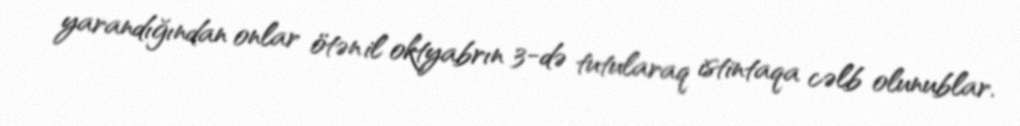
yarandığından onlar ötən il oktyabrın 3-də tutularaq istintaqa cəlb olunublar.